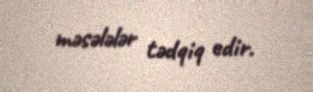
məsələlər tədqiq edir.